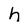
Character: n